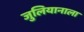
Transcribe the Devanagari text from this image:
जुलियानाला